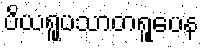
ပိယရူပသာတရူပေန